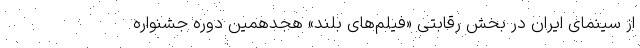
از سینمای ایران در بخش رقابتی «فیلم‌های بلند» هجدهمین دوره جشنواره